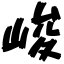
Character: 峻